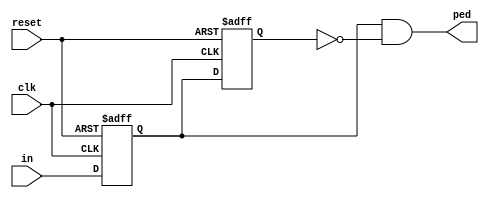
module ped (reset, clk, in, ped);
    
input           clk, reset, in;
output          ped;

reg             q1, q2;
reg             nq1, nq2;
  
////////////////////////////////////////
// continuous assignment for ped      //
////////////////////////////////////////
assign ped = q1 & ~q2;

////////////////////////////////////////
// combination logiic clock           //
////////////////////////////////////////
always @(*)
    begin 
    nq1 = in;
    nq2 = q1;
    end 
    
////////////////////////////////////////
// sequential logic block             //
////////////////////////////////////////
always @(posedge clk, posedge reset)
    if (reset) {q1,q2} <= 2'b0;
    else     {q1,q2} <= {nq1,nq2};
 
endmodule